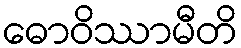
ဓောဝိဿာမီတိ